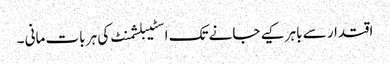
اقتدار سے باہر کیے جانے تک اسٹیبلشمنٹ کی ہر بات مانی ۔